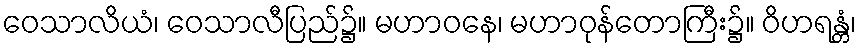
ဝေသာလိယံ၊ ဝေသာလီပြည်၌။ မဟာဝနေ၊ မဟာဝုန်တောကြီး၌။ ဝိဟရန္တံ၊